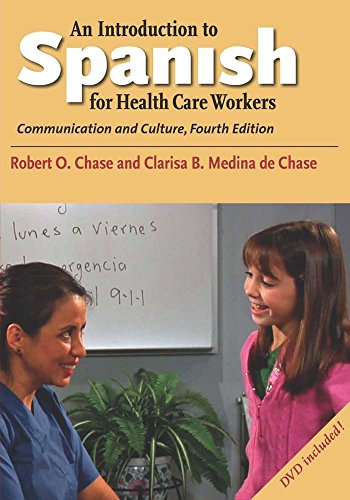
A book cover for An Introduction to Spanish for Health Care Workers: Communication and Culture, Fourth Edition (English and Spanish Edition); Robert O. Chase; Reference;